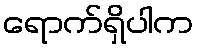
ရောက်ရှိပါက